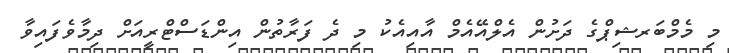
މި މެމްބަރޝިޕްގެ ދަށުން އެލްއޭއެމް އާއިއެކު މި ދެ ފަރާތުން އިންޑަސްޓްރީއަށް ދިމާވެފައިވާ